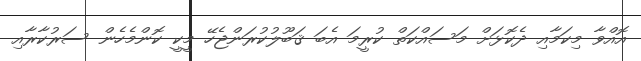
އޮއްވާ މިކަމާއި ދެކޮޅަށް މަސައްކަތް ކުރީމަ އެބަ ޤަބޫލުކުރަންޖެހޭ މީކީ ކޮންމެހެން ސަރުކާރާއި